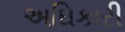
અઘિકારી